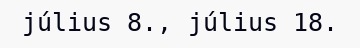
július 8., július 18.